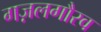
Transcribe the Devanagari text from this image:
गज़लगौरव